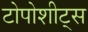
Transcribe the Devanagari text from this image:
टोपोशीट्स